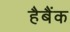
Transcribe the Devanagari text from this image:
हैबैंक